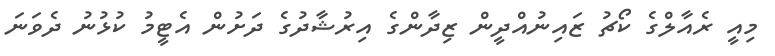
މިއީ ރެއާލްގެ ކޯޗު ޒައިނުއްދީން ޒިދާންގެ އިރުޝާދުގެ ދަށުން އެޓީމު ކުޅުނު ދެވަނަ